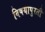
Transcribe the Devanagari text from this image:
विषयापुरती